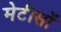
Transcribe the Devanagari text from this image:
मेटीसों